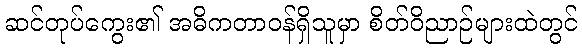
ဆင်တုပ်ကွေး၏ အဓိကတာဝန်ရှိသူမှာ စိတ်ဝိညာဉ်များထဲတွင်